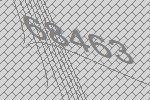
68463